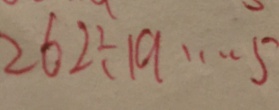
2 6 2 \div 1 9 \cdots 5